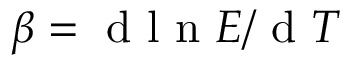
\beta = \mathrm { ~ d ~ l ~ n ~ } E / \mathrm { ~ d ~ } T